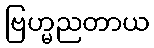
ဗြဟ္မညတာယ